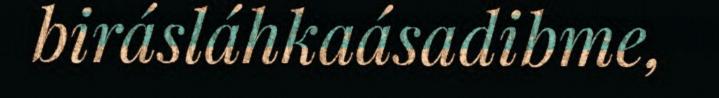
birásláhkaásadibme,